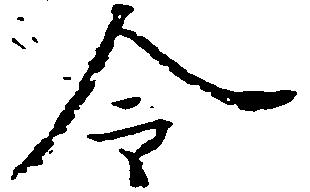
令